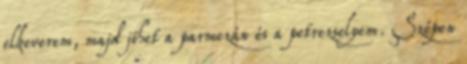
elkeverem, majd jöhet a parmezán és a petrezselyem. Szépen